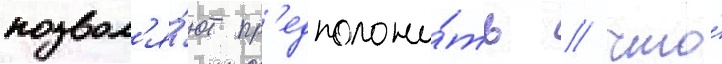
позвол'я́ют пр'едположи́ть / что́